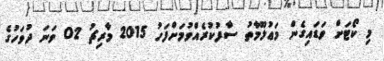
މި ކޯޓަށް ވަޑައިގެން މަޢުލޫމާތު ސާފުކުރެއްވުމަށްފަހު 2015 މާރިޗު 02 ވަނަ ދުވަހުގެ